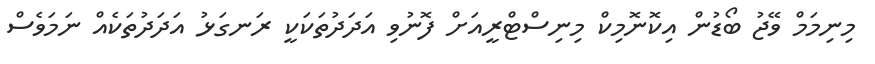
މިނިމަމް ވޭޖު ބޯޑުން އިކޮނޮމިކް މިނިސްޓްރީއަށް ފޮނުވި އަދަދުތަކަކީ ރަނގަޅު އަދަދުތަކެއް ނަމަވެސް